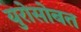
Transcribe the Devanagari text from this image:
युरोसोबत